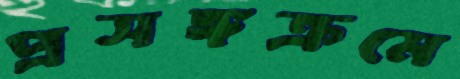
প্রসঙ্গক্রমে